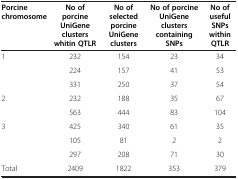
| Porcine chromosome | No of porcine UniGene clusters whitin QTLR | No of selected porcine UniGene clusters | No of porcine UniGene clusters containing SNPs | No of useful SNPs within QTLR |
 | --- | --- | --- | --- | --- |
 | <ROWSPAN=3> 1 | 232 | 154 | 23 | 34 |
 | 224 | 157 | 41 | 53 |
 | 331 | 250 | 37 | 54 |
 | <ROWSPAN=2> 2 | 232 | 188 | 35 | 67 |
 | 563 | 444 | 83 | 104 |
 | <ROWSPAN=3> 3 | 425 | 340 | 61 | 35 |
 | 105 | 81 | 2 | 2 |
 | 297 | 208 | 71 | 30 |
 | Total | 2409 | 1822 | 353 | 379 |